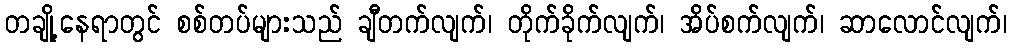
တချို့နေရာတွင် စစ်တပ်များသည် ချီတက်လျက်၊ တိုက်ခိုက်လျက်၊ အိပ်စက်လျက်၊ ဆာလောင်လျက်၊